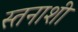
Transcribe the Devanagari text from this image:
स्तनाशी